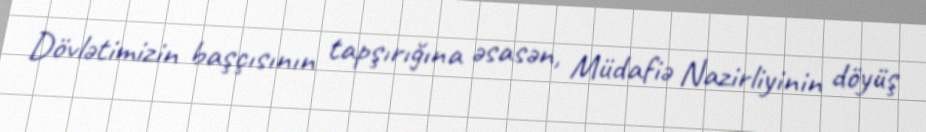
Dövlətimizin başçısının tapşırığına əsasən, Müdafiə Nazirliyinin döyüş